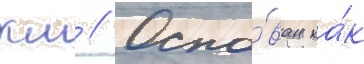
км // Осно́ван ка́к